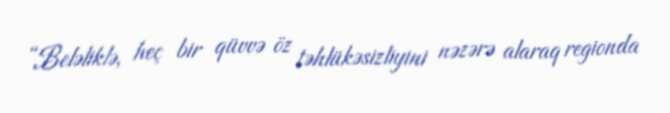
“Beləliklə, heç bir qüvvə öz təhlükəsizliyini nəzərə alaraq regionda